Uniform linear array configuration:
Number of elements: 32
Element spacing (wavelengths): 0.75
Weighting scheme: cosine
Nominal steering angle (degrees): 30
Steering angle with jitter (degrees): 29.754
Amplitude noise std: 0.05
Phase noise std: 0.05

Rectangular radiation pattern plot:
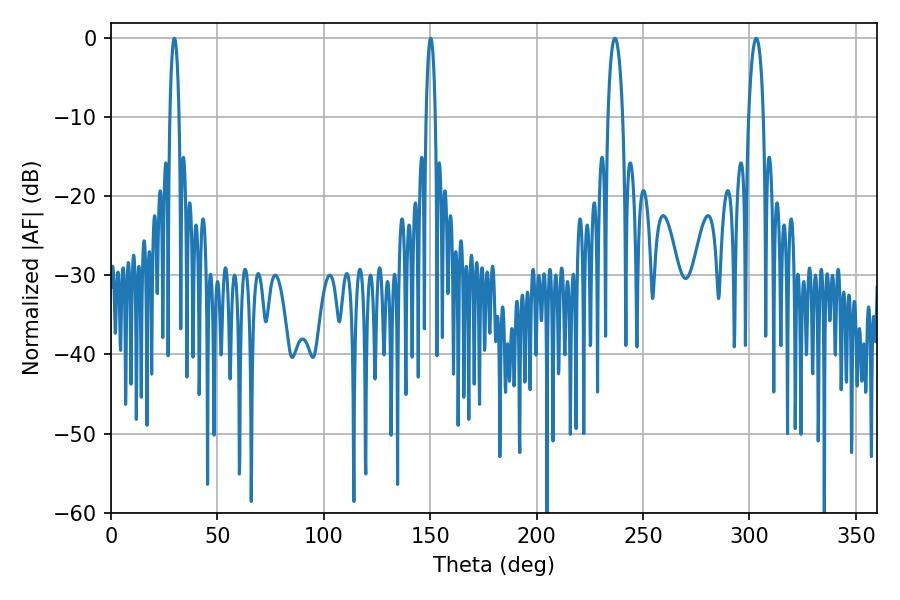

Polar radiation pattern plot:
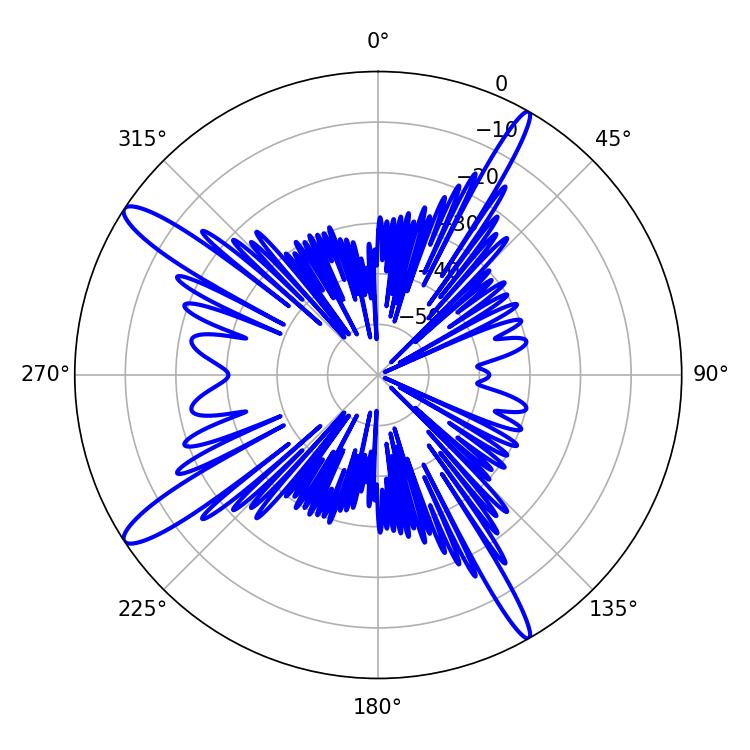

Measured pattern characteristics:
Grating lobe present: TRUE
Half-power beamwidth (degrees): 3.96
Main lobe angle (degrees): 303.12